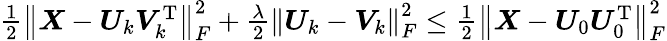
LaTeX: \begin{array}{r}{\frac{1}{2}\left\| \boldsymbol{X}-\boldsymbol{U}_{k}\boldsymbol{V}_{k}^{\mathrm{T}}\right\| _{F}^{2}+\frac{\lambda}{2}\left\| \boldsymbol{U}_{k}-\boldsymbol{V}_{k}\right\| _{F}^{2}\leq\frac{1}{2}\left\| \boldsymbol{X}-\boldsymbol{U}_{0}\boldsymbol{U}_{0}^{\mathrm{T}}\right\| _{F}^{2}}\end{array}